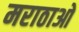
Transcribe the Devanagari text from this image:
मराठाओ